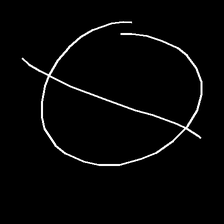
Glyph: orb